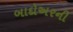
બાદોઅરની